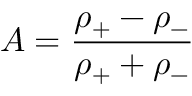
A = \frac { \rho _ { + } - \rho _ { - } } { \rho _ { + } + \rho _ { - } }